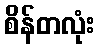
စိန်တလုံး